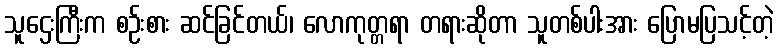
သူဌေးကြီးက စဉ်းစား ဆင်ခြင်တယ်၊ လောကုတ္တရာ တရားဆိုတာ သူတစ်ပါးအား ပြောမပြသင့်တဲ့